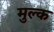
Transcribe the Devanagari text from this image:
मुल्‍क